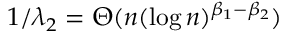
1 / \lambda _ { 2 } = \Theta ( n ( \log n ) ^ { \beta _ { 1 } - \beta _ { 2 } } )